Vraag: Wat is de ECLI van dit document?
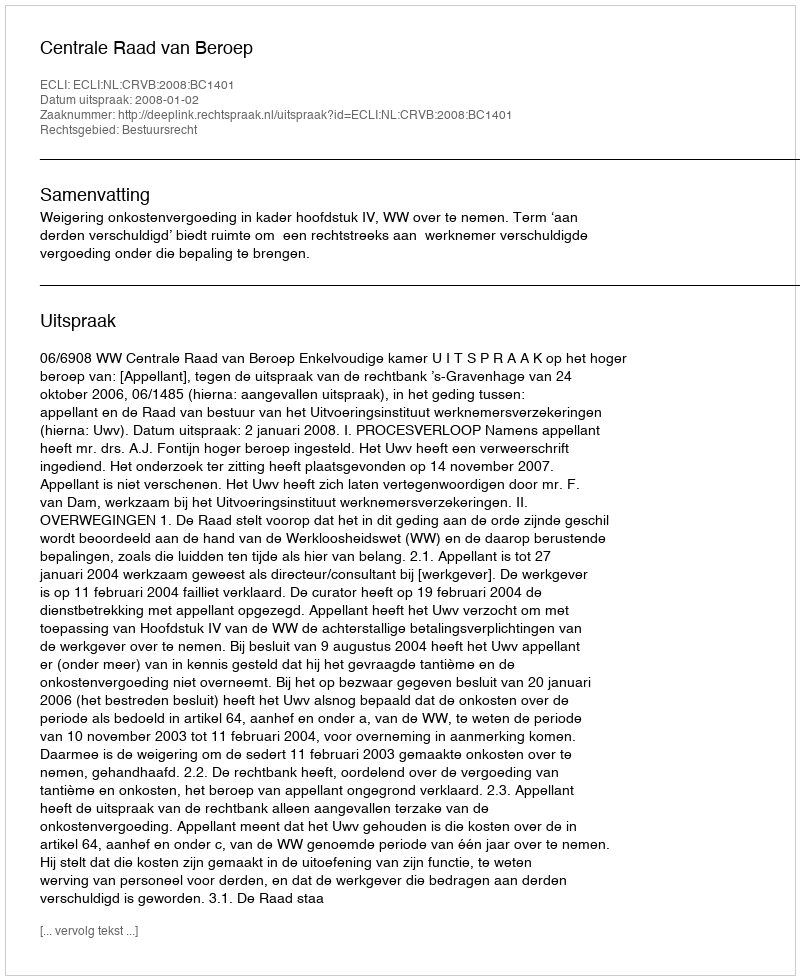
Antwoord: ECLI:NL:CRVB:2008:BC1401